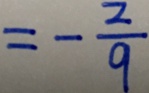
= - \frac { 2 } { 9 }